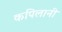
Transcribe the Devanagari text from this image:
कपिलानी